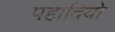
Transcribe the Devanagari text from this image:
पहादियो